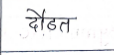
मजकूर: दौडत